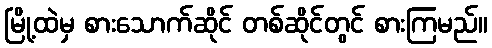
မြို့ထဲမှ စားသောက်ဆိုင် တစ်ဆိုင်တွင် စားကြမည်။